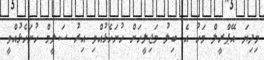
މިދިޔަ އޭޕްރީލް މަހު އެ ބިލު މަޖިލީހަށް ހުށަހެޅުއްވި އިރު ސަލީމް ހުށަހެޅުއްވީ